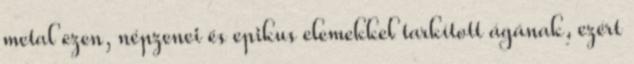
metal ezen, népzenei és epikus elemekkel tarkított ágának, ezért